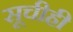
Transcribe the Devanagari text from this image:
सूचीही